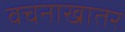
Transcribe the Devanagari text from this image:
वचनाखातर